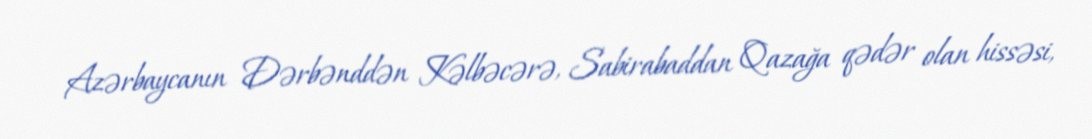
Azərbaycanın Dərbənddən Kəlbəcərə, Sabirabaddan Qazağa qədər olan hissəsi,